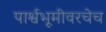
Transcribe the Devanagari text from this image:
पार्श्वभूमीवरचेच